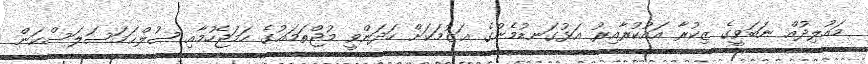
މައުލިދުއް ނަބަވީގެ ޒިކުރާ އައުކުރާއިރު އަޅުގަނޑުމެންގެ ޢަޒުމަކަށް ހަދަންވީ މުޖްތަމަޢުގެ ހަމަޖެހުމާއި ޞުލްޙަމަސަލަސްކަން